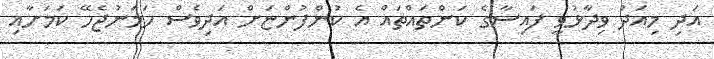
އަދި މިއަދު ވިދާޅުވީ ފައިސާގެ ކަންތައްތައް އެ ކުންފުންޏަށް އަދިވެސް ހަމަނުޖެހޭ ކަމަށާއި